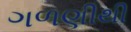
ગળણીથી